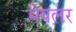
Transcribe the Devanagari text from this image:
मेयलर